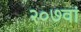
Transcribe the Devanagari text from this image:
२०७वां